Indian journal of veterinary science and animal husbandry - Volume 13,
Year: 1943
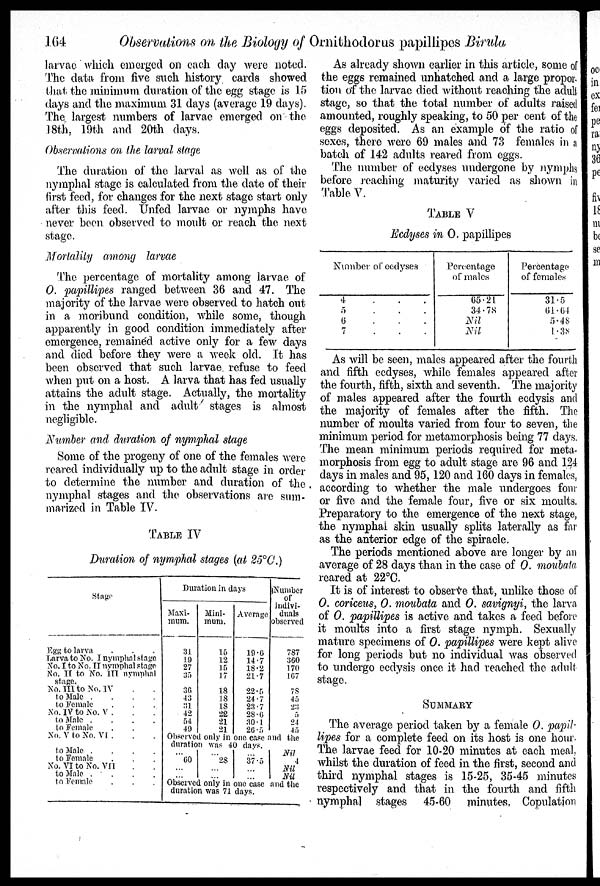
164
Observations on the Biology of Ornithodorus papillipes Birula
larvae which emerged on each day were noted.
The data from five such history cards showed
that the minimum duration of the egg stage is 15
days and the maximum 31 days (average 19 days).
The largest numbers of larvae emerged on the
18th, 19th and 20th days.
Observations on the larval stage
The duration of the larval as well as of the
nymphal stage is calculated from the date of their
first feed, for changes for the next stage start only
after this feed. Unfed larvae or nymphs have
never been observed to moult or reach the next
stage.
Mortality among larvae
The percentage of mortality among larvae of
O. papillipes ranged between 36 and 47. The
majority of the larvae were observed to hatch out
in a moribund condition, while some, though
apparently in good condition immediately after
emergence, remained active only for a few days
and died before they were a week old. It has
been observed that such larvae refuse to feed
when put on a host. A larva that has fed usually
attains the adult stage. Actually, the mortality
in the nymphal and adult stages is almost
negligible.
Number and duration of nymphal stage
Some of the progeny of one of the females were
reared individually up to the adult stage in order
to determine the number and duration of the
nymphal stages and the observations are sum-
marized in Table IV.
TABLE IV
Duration of nymphal stages (at 25°C.)
Stage
Egg to larva . . .
Larva to No. Inymphal stage
No. I to No. II nymphal stage
No. II to No. III nymphal
stage.
No. III to No. IV . .
to Male
.
.
.
.
to Female . . .
No. IV to No. V . . . .
to Male
.
.
.
.
to Female . .
No. V to No. VI . . .
to Male
.
.
.
.
to Female . . .
No. VI to No. VII . .
to Male . . . .
to Female . . .
Duration in days
Maxi-
mum.
31
19
27
35
36
43
31
42
54
49
Mini¬
mum.
15
12
15
17
18
18
18
22
21
21
Average
19.6
14.7
18.2
21.7
22.5
24.7
23.7
28.6
30.1
26.5
Number
or
indivi-
duals
observed
787
360
170
167
78
45
23
5 24
45
Observed only in one case and the
duration was 40 days.
... 60
...
...
... 28
...
...
... 37.5
... ...
Nil
4
Nil
Nil
Observed only in one case and the
duration was 71 days.
As already shown earlier in this article, some of
the eggs remained unhatched and a large propor¬
tion of the larvae died without reaching the adult
stage, so that the total number of adults raised
amounted, roughly speaking, to 50 per cent of the
eggs deposited. As an example of the ratio of
sexes, there were 69 males and 73 females in a
batch of 142 adults reared from eggs.
The number of ecdyses undergone by nymphs
before reaching maturity varied as shown in
Table V.
TABLE V
Ecdyses in O. papillipes
Number of cedyses
4 . . .
5 . . .
6 . . .
7
.
.
.
Percentage
of males
65.21
34.78
Nil
Nil
Percentage
of females
31.5
61.64
5.48
1.38
As will be seen, males appeared after the fourth
and fifth ecdyses, while females appeared after
the fourth, fifth, sixth and seventh. The majority
of males appeared after the fourth ecdysis and
the majority of females after the fifth. The
number of moults varied from four to seven, the
minimum period for metamorphosis being 77 days.
The mean minimum periods required for meta-
morphosis from egg to adult stage are 96 and 124
days in males and 95, 120 and 160 days in females,
according to whether the male undergoes four
or five and the female four, five or six moults.
Preparatory to the emergence of the next stage,
the nymphal skin usually splits laterally as far
as the anterior edge of the spiracle.
The periods mentioned above are longer by an
average of 28 days than in the case of O. moubala
reared at 22°C.
It is of interest to observe that, unlike those of
O. coriceus, O. moubata and O. savignyi, the larva
of O. papillipes is active and takes a feed before
it moults into a first stage nymph. Sexually
mature specimens of O. papillipes were kept alive
for long periods but no individual was observed
to undergo ecdysis once it had reached the adult
stage.
SUMMARY
The average period taken by a female O. papil-
lipes for a complete feed on its host is one hour.
The larvae feed for 10-20 minutes at each meal,
whilst the duration of feed in the first, second and
third nymphal stages is 15-25, 35-45 minutes
respectively and that in the fourth and fifth
nymphal stages 45-60 minutes. Copulation